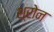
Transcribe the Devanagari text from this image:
श्रोन